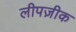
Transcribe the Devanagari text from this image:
लीपज़ीक